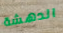
الدهشة